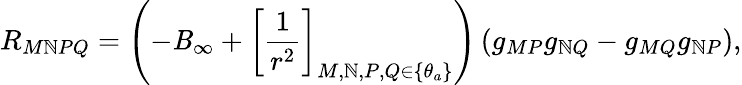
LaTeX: R_{M\mathbb{N}PQ}=\left(-\mathit{B}_{\infty}+\left[\frac{{1}}{{r^{2}}}\right]_{M,\mathbb{N},P,Q\in\{ \theta_{a}\} }\right)\left(g_{MP}g_{\mathbb{N}Q}-g_{MQ}g_{\mathbb{N}P}\right),